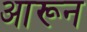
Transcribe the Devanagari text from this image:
आरून